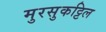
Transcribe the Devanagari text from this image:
मुरसुकट्टिल